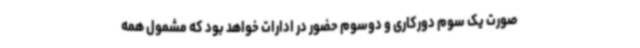
صورت یک سوم دورکاری و دوسوم حضور در ادارات خواهد بود که مشمول همه